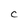
Character: C